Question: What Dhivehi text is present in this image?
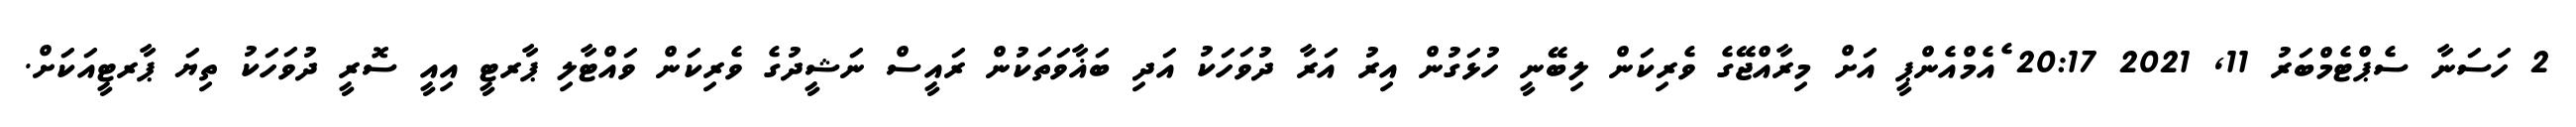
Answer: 2 ހަސަނާ ސެޕްޓެމްބަރު 11, 2021 20:17 ެއެމްއެންޕީ އަށް މިރާއްޖޭގެ ވެރިކަން ލިބޭނީ ހުޅަގުން އިރު އަރާ ދުވަހަކު އަދި ބަޣާވަތަކުން ރައީސް ނަޝީދުގެ ވެރިކަން ވައްޓާލި ޕާރޓީ އިއީ ސޮރީ ދުވަހަކު ތިޔަ ޕާރޓީއަކަށް.